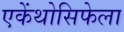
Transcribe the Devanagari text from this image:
एकेंथोसिफेला